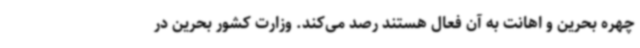
چهره بحرین و اهانت به آن فعال هستند رصد می‌کند. وزارت کشور بحرین در